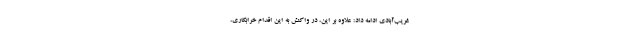
غریب‌آبادی ادامه داد: علاوه بر این، در واکنش به این‌ اقدام خرابکاری،